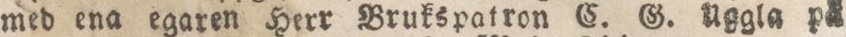
med ena egaren Herr Brukspatron C. G. Uggla på